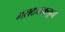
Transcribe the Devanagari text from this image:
मराठ्याकडून